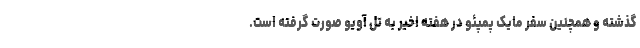
گذشته و همچنین سفر مایک پمپئو در هفته اخیر به تل آویو صورت گرفته است.